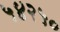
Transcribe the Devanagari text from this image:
५४२५०